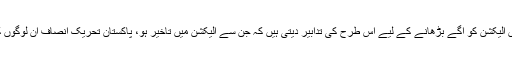
جتنی سیاسی جماعتیں الیکشن کو آگے بڑھانے کے لیے اس طرح کی تدابیر دیتی ہیں کہ جن سے الیکشن میں تاخیر ہو، پاکستان تحریک انصاف ان لوگوں کی مذمت کرتی ہے۔